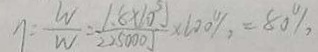
\eta = \frac { W } { W } = \frac { 1 . 8 \times 1 0 ^ { 3 } } { 2 2 5 0 0 0 j } \times 1 0 0 \% = 8 0 \%